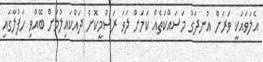
އެލަވައަކީ ވަރަށް އުނދަގޫ މަސައްކަތެއް ކަމަށް ލަވަ ރަސްމީކޮށް ދައްކައިލުމަށް ބޭއްވި ހަފުލާގައި